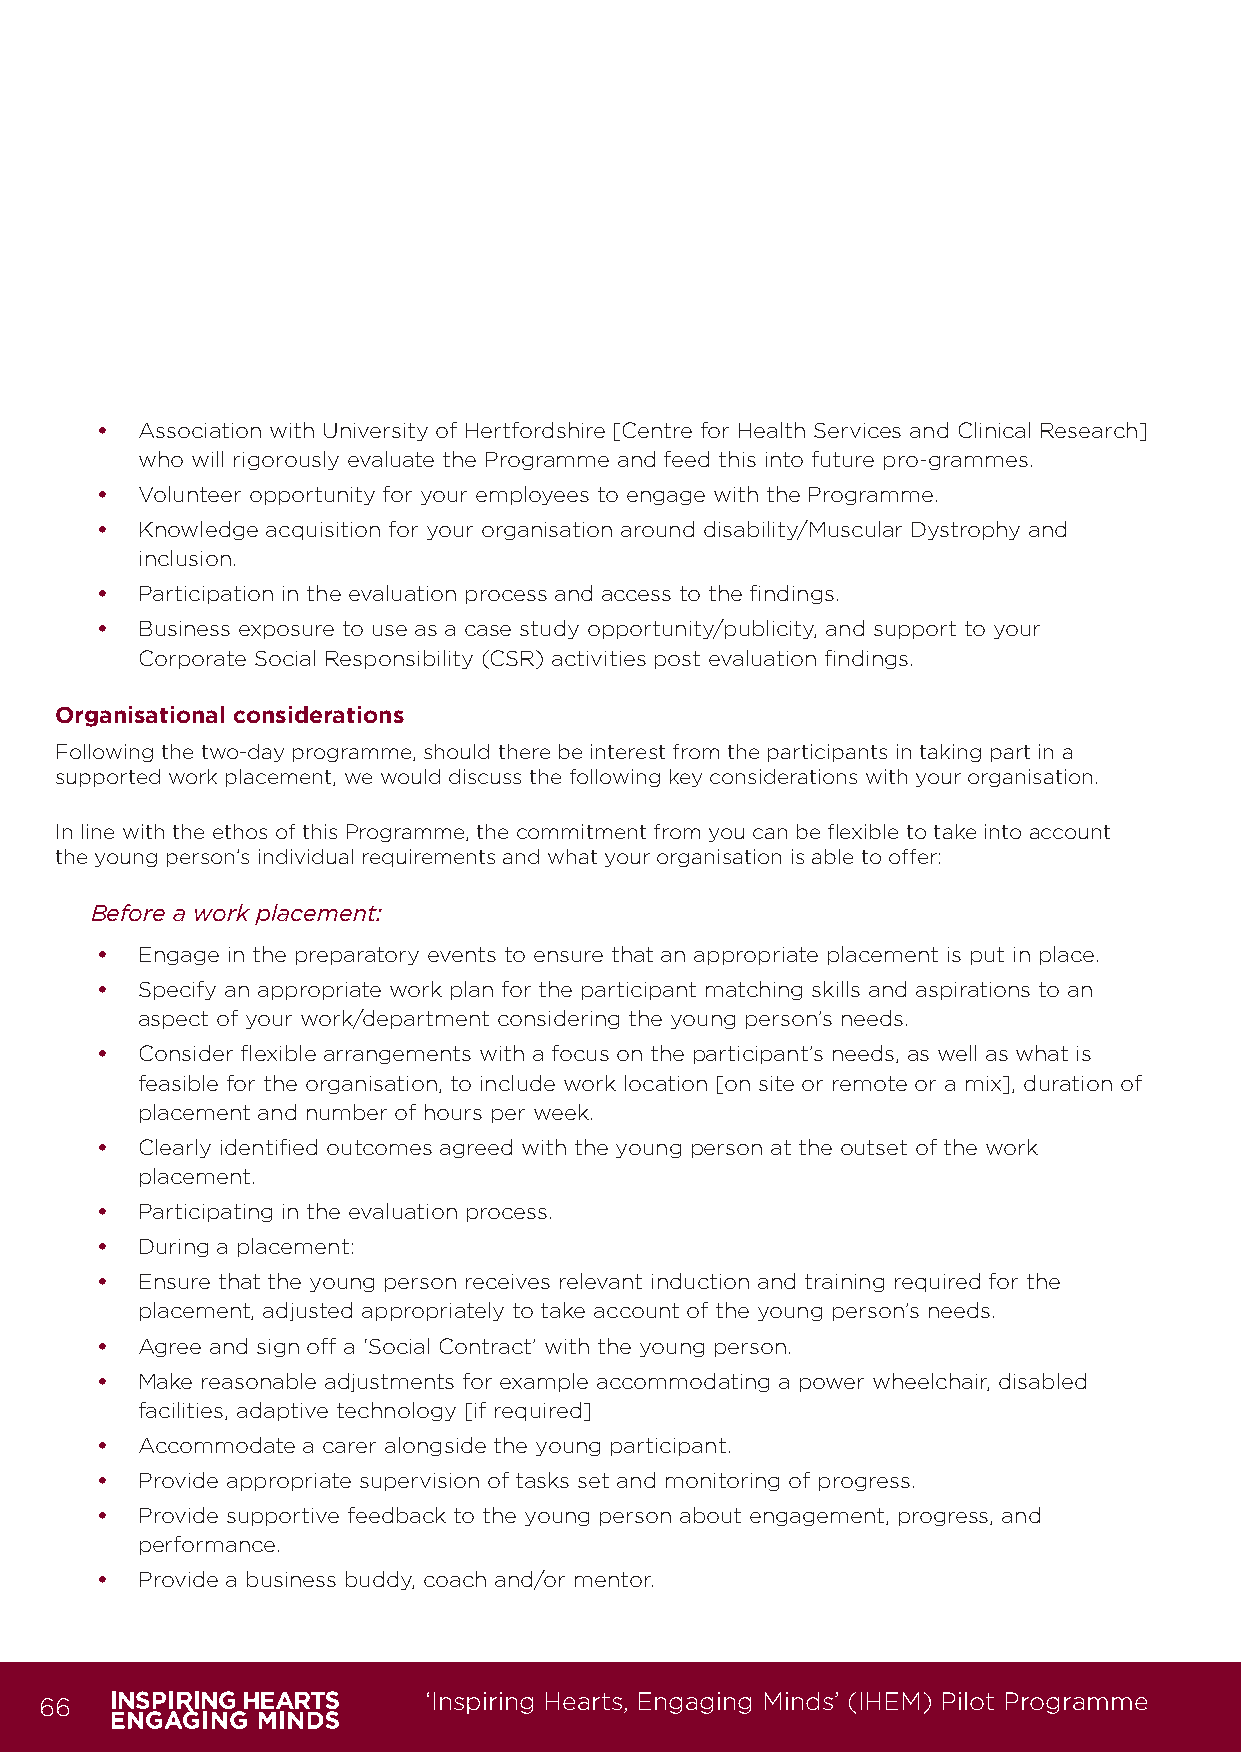
•  Association with University of Hertfordshire [Centre for Health Services and Clinical Research]
 who will rigorously evaluate the Programme and feed this into future pro-grammes.
 •  Volunteer opportunity for your employees to engage with the Programme.
 •  Knowledge acquisition for your organisation around disability/Muscular Dystrophy and
 inclusion.
 •  Participation in the evaluation process and access to the findings.
 •  Business exposure to use as a case study opportunity/publicity, and support to your
 Corporate Social Responsibility (CSR) activities post evaluation findings.
 Organisational considerations
 Following the two-day programme, should there be interest from the participants in taking part in a
 supported work placement, we would discuss the following key considerations with your organisation.
 In line with the ethos of this Programme, the commitment from you can be flexible to take into account
 the young person’s individual requirements and what your organisation is able to offer:
 Before a work placement:
 •  Engage in the preparatory events to ensure that an appropriate placement is put in place.
 •  Specify an appropriate work plan for the participant matching skills and aspirations to an
 aspect of your work/department considering the young person’s needs.
 •  Consider flexible arrangements with a focus on the participant’s needs, as well as what is
 feasible for the organisation, to include work location [on site or remote or a mix], duration of
 placement and number of hours per week.
 •  Clearly identified outcomes agreed with the young person at the outset of the work
 placement.
 •  Participating in the evaluation process.
 •  During a placement:
 •  Ensure that the young person receives relevant induction and training required for the
 placement, adjusted appropriately to take account of the young person’s needs.
 •  Agree and sign off a ‘Social Contract’ with the young person.
 •  Make reasonable adjustments for example accommodating a power wheelchair, disabled
 facilities, adaptive technology [if required]
 •  Accommodate a carer alongside the young participant.
 •  Provide appropriate supervision of tasks set and monitoring of progress.
 •  Provide supportive feedback to the young person about engagement, progress, and
 performance.
 •  Provide a business buddy, coach and/or mentor.
 66                       ‘Inspiring Hearts, Engaging Minds’ (IHEM) Pilot Programme
 IHEM-Evaluation-Summary-Report_Brand Compliant.indd 66                  29/09/2020 06:59:37